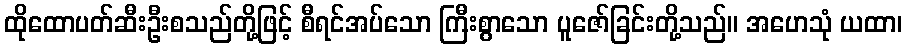
ထိုထောပတ်ဆီးဦးစသည်တို့ဖြင့် စီရင်အပ်သော ကြီးစွာသော ပူဇော်ခြင်းတို့သည်။ အဟေသုံ ယထာ၊